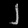
Digit: ၂